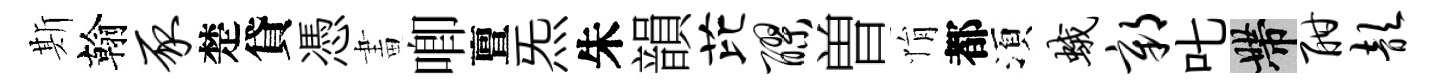
斯翰豕楚貸憑畫唧亶炁朱韻芘醪曽悁都湏蛾鄣叱帶酣歆